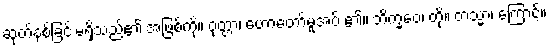
ဆုတ်နစ်ခြင်းမရှိသည်၏ အဖြစ်ကို။ ဝုတ္တာ၊ ဟောတော်မူအပ် ၏။ ဘိက္ခဝေ၊ တို့။ တသ္မာ၊ ကြောင့်။